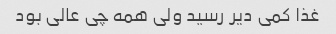
غذا کمی دیر رسید ولی همه چی عالی بود